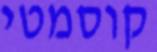
קוסמטי